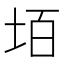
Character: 𡋦